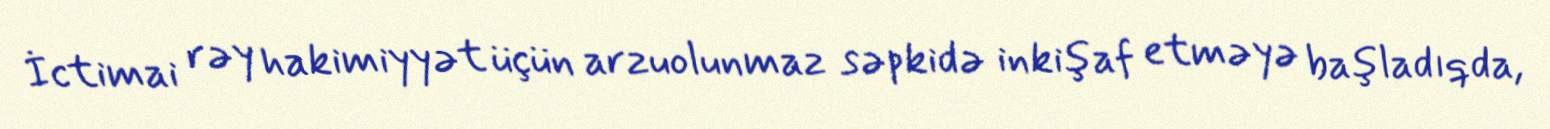
İctimai rəy hakimiyyət üçün arzuolunmaz səpkidə inkişaf etməyə başladıqda,